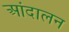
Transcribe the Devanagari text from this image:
आंदालन